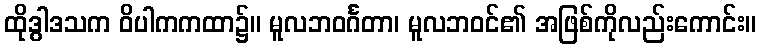
ထိုဒွါဒသက ဝိပါကကထာ၌။ မူလဘဝင်္ဂတာ၊ မူလဘဝင်၏ အဖြစ်ကိုလည်းကောင်း။